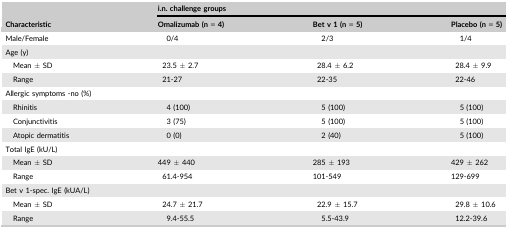
| <ROWSPAN=2> Characteristic | <COLSPAN=3> i.n. challenge groups |
 | Omalizumab (n = 4) | Bet v 1 (n = 5) | Placebo (n = 5) |
 | --- | --- | --- | --- |
 | Male/Female | 0/4 | 2/3 | 1/4 |
 | <COLSPAN=4> Age (y) |
 | Mean ± SD | 23.5 ± 2.7 | 28.4 ± 6.2 | 28.4 ± 9.9 |
 | Range | 21‐27 | 22‐35 | 22‐46 |
 | <COLSPAN=4> Allergic symptoms ‐no (%) |
 | Rhinitis | 4 (100) | 5 (100) | 5 (100) |
 | Conjunctivitis | 3 (75) | 5 (100) | 5 (100) |
 | Atopic dermatitis | 0 (0) | 2 (40) | 5 (100) |
 | <COLSPAN=4> Total IgE (kU/L) |
 | Mean ± SD | 449 ± 440 | 285 ± 193 | 429 ± 262 |
 | Range | 61.4‐954 | 101‐549 | 129‐699 |
 | <COLSPAN=4> Bet v 1‐spec. IgE (kUA/L) |
 | Mean ± SD | 24.7 ± 21.7 | 22.9 ± 15.7 | 29.8 ± 10.6 |
 | Range | 9.4‐55.5 | 5.5‐43.9 | 12.2‐39.6 |